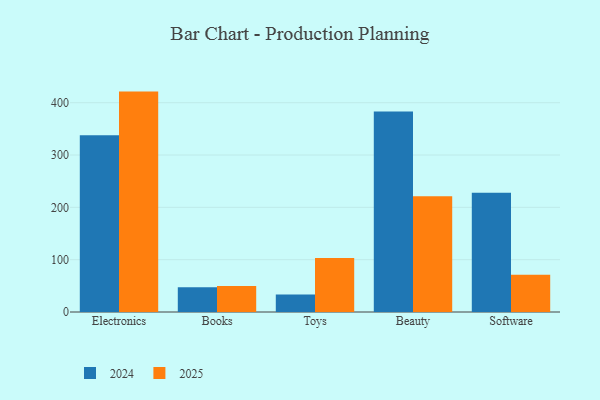
{"axis": {"x": "Category", "y": "Bounce Rate (%)"}, "legend": ["2024", "2025"], "data": [{"x": "Electronics", "y": 421.2, "type": "2025"}, {"x": "Electronics", "y": 338.0, "type": "2024"}, {"x": "Books", "y": 49.8, "type": "2025"}, {"x": "Books", "y": 47.4, "type": "2024"}, {"x": "Toys", "y": 103.2, "type": "2025"}, {"x": "Toys", "y": 33.3, "type": "2024"}, {"x": "Beauty", "y": 221.2, "type": "2025"}, {"x": "Beauty", "y": 383.1, "type": "2024"}, {"x": "Software", "y": 71.2, "type": "2025"}, {"x": "Software", "y": 227.7, "type": "2024"}]}